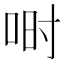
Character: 𫪅